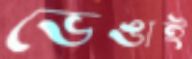
ভেঙাই